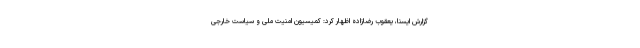
گزارش ایسنا، یعقوب رضازاده اظهار کرد: کمیسیون امنیت ملی و سیاست خارجی